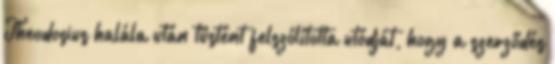
Theodosius halála után tüstént felszólította utódját, hogy a szerződés